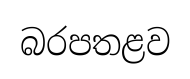
බරපතළව